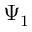
\Psi _ { 1 }